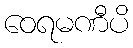
ဝေရမဏီပိ